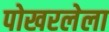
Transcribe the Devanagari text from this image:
पोखरलेला